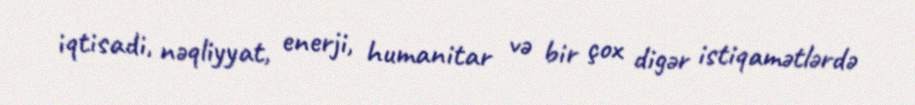
iqtisadi, nəqliyyat, enerji, humanitar və bir çox digər istiqamətlərdə